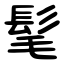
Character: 髦